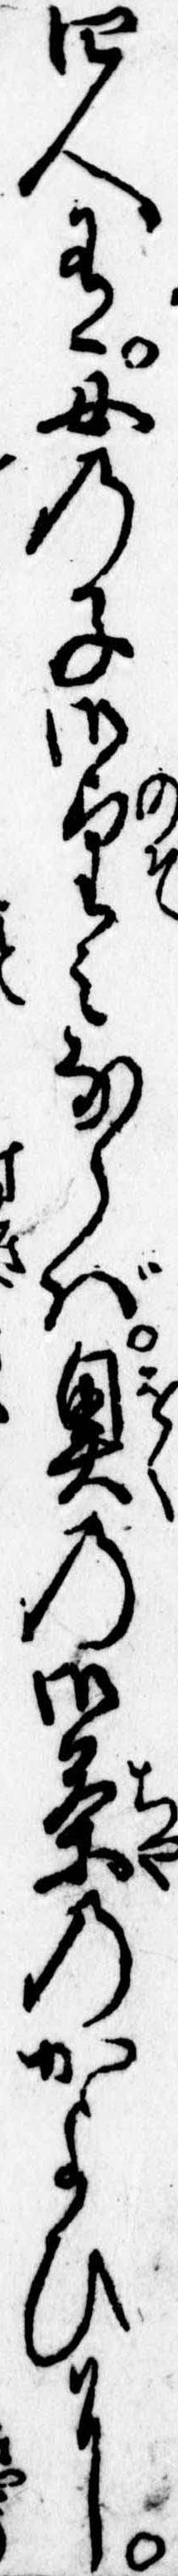
四人有女の子御望みならば奥の御茶のかよひに